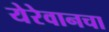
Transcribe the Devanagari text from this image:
येरेवानचा